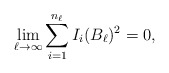
\begin{align*}\lim_{\ell \rightarrow \infty} \sum_{i=1}^{n_{\ell}} I_i(B_{\ell})^2 = 0, \end{align*}